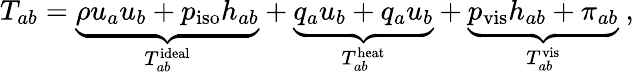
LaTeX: T_{ab}=\underbrace{\rho u_{a}u_{b}+p_{\mathrm{iso}}h_{ab}}_{T_{ab}^{\mathrm{ideal}}}+\underbrace{q_{a}u_{b}+q_{a}u_{b}}_{T_{ab}^{\mathrm{heat}}}+\underbrace{p_{\mathrm{vis}}h_{ab}+\pi_{ab}}_{T_{ab}^{\mathrm{vis}}}~,